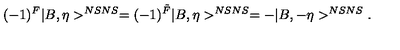
( - 1 ) ^ { F } | B , \eta > ^ { N S N S } = ( - 1 ) ^ { \tilde { F } } | B , \eta > ^ { N S N S } = - | B , - \eta > ^ { N S N S } .